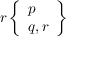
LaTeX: r \left\{ { \begin{array} { l } { p } \\ { q , r } \end{array} } \right\}